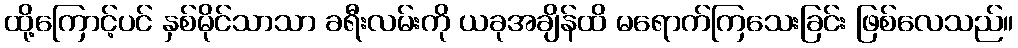
ထို့ကြောင့်ပင် နှစ်မိုင်သာသာ ခရီးလမ်းကို ယခုအချိန်ထိ မရောက်ကြသေးခြင်း ဖြစ်လေသည်။